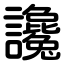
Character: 讒